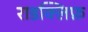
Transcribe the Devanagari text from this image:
राडक्लिफ़